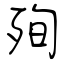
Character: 殉